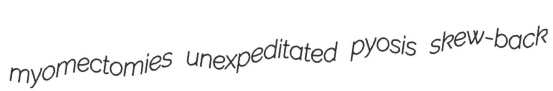
myomectomies unexpeditated pyosis skew-back